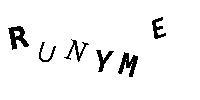
RUNYME